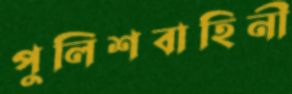
পুলিশবাহিনী